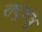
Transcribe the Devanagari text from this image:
राष्ट्रशत्रु